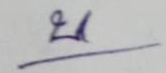
บ